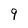
Character: 9